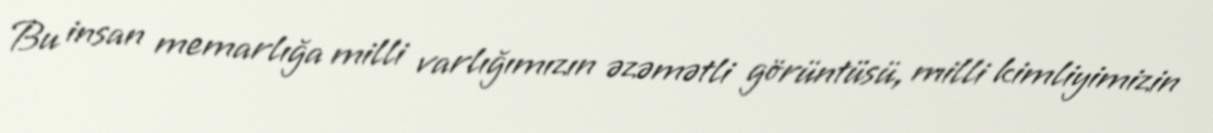
Bu insan memarlığa milli varlığımızın əzəmətli görüntüsü, milli kimliyimizin